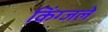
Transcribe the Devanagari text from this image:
किंग्जले